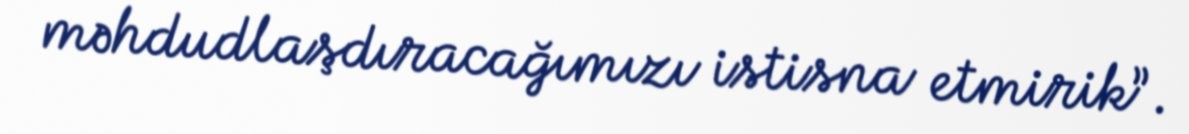
məhdudlaşdıracağımızı istisna etmirik”.